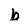
Character: b